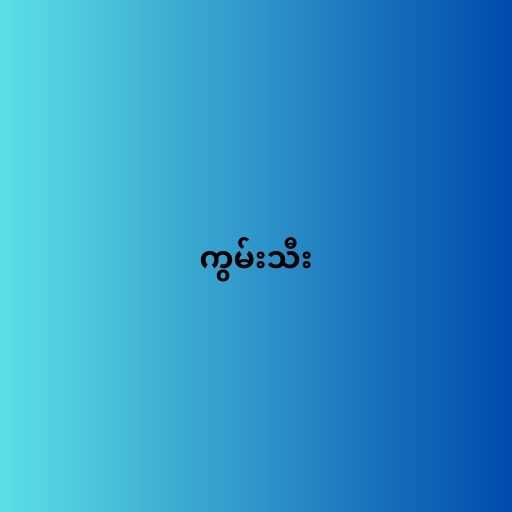
ကွမ်းသီး